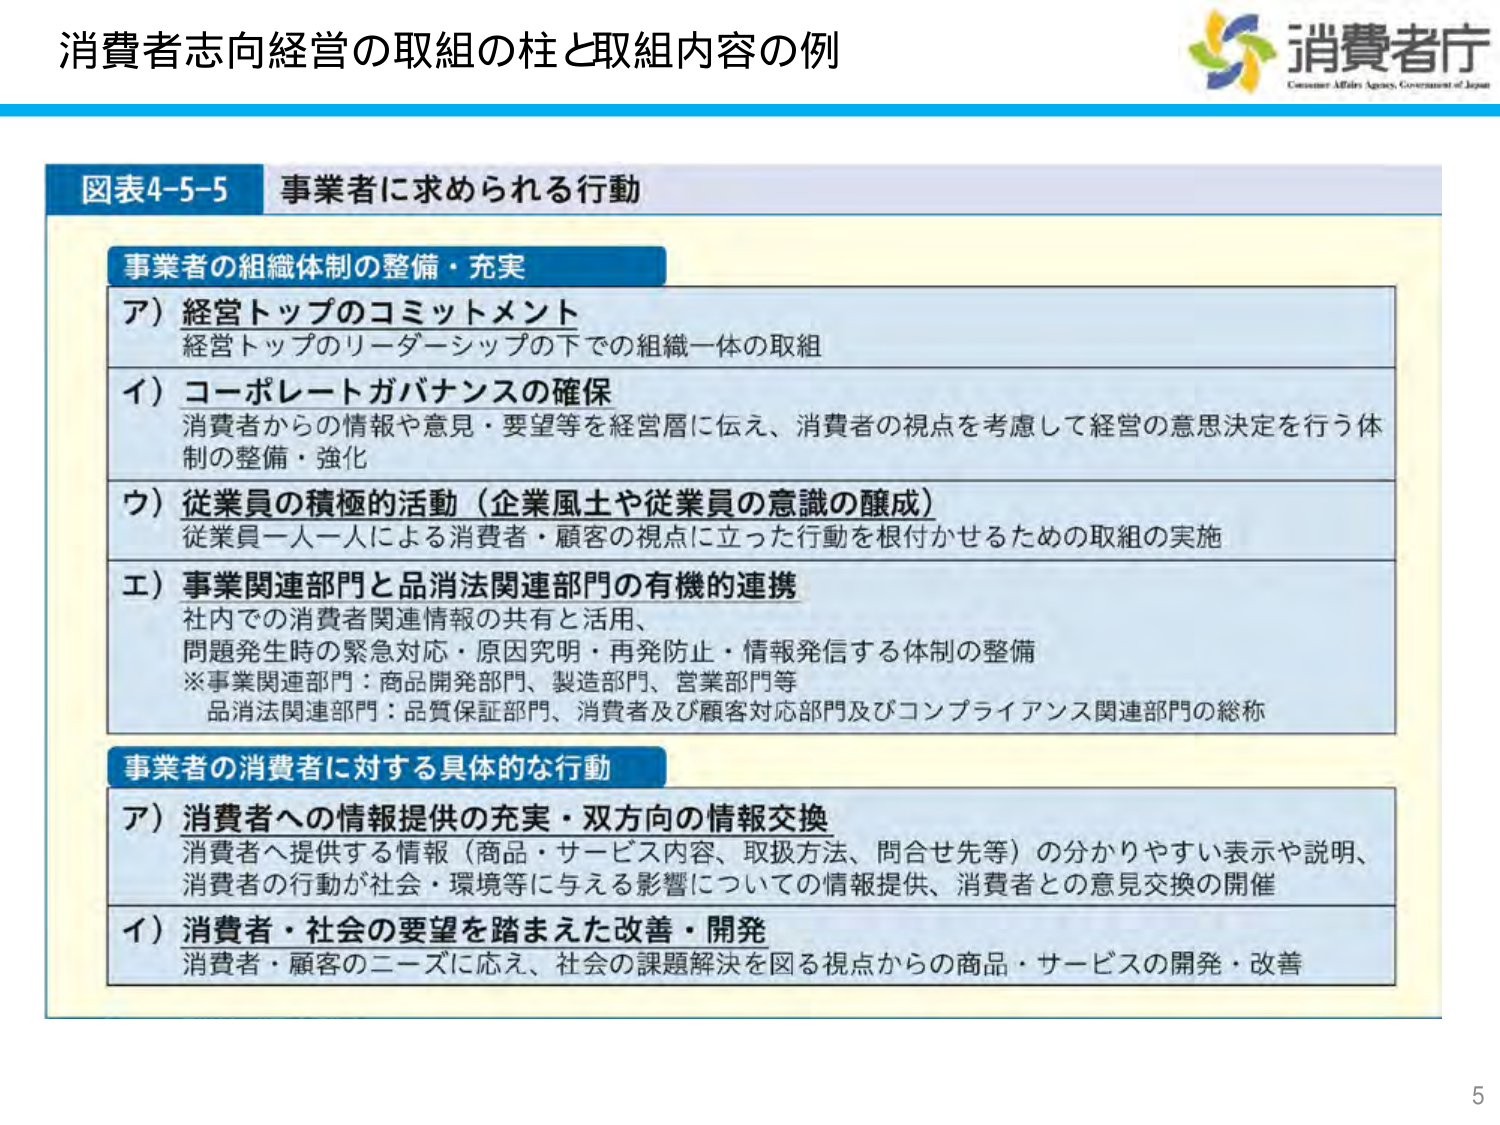
消費者志向経営の取組の柱と取組内容の例

図表4-5-5 事業者に求められる行動

事業者の組織体制の整備・充実

ア）経営トップのコミットメント
経営トップのリーダーシップの下での組織一体の取組

イ）コーポレートガバナンスの確保
消費者からの情報や意見・要望等を経営層に伝え、消費者の視点を考慮して経営の意思決定を行う体制の整備・強化

ウ）従業員の積極的活動（企業風土や従業員の意識の醸成）
従業員一人一人による消費者・顧客の視点に立った行動を根付かせるための取組の実施

エ）事業関連部門と品消法関連部門の有機的連携
社内での消費者関連情報の共有と活用、
問題発生時の緊急対応・原因究明・再発防止・情報発信する体制の整備
※事業関連部門：商品開発部門、製造部門、営業部門等
品消法関連部門：品質保証部門、消費者及び顧客対応部門及びコンプライアンス関連部門の総称

事業者の消費者に対する具体的な行動

ア）消費者への情報提供の充実・双方向の情報交換
消費者へ提供する情報（商品・サービス内容、取扱方法、問合せ先等）の分かりやすい表示や説明、
消費者の行動が社会・環境等に与える影響についての情報提供、消費者との意見交換の開催

イ）消費者・社会の要望を踏まえた改善・開発
消費者・顧客のニーズに応え、社会の課題解決を図る視点からの商品・サービスの開発・改善

消費者庁
Consumer Affairs Agency, Government of Japan

5